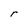
Character: r